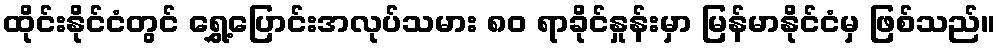
ထိုင်းနိုင်ငံတွင် ရွှေ့ပြောင်းအလုပ်သမား ၈၀ ရာခိုင်နှုန်းမှာ မြန်မာနိုင်ငံမှ ဖြစ်သည်။